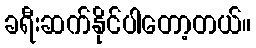
ခရီးဆက်နိုင်ပါတော့တယ်။